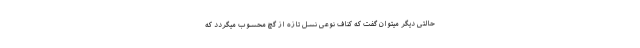
حالتی دیگر میتوان گفت که کناف نوعی نسل تازه از گچ محسوب میگردد که